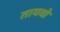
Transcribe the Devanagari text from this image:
तायवो